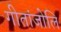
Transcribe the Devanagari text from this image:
गीतांजोलि